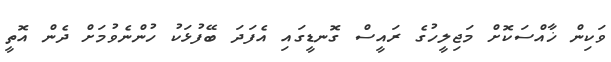
ވަކިން ޚާއްސަކޮށް މަޖިލީހުގެ ރައީސް ގޮނޑީގައި އެފަދަ ބޭފުޅަކު ހުންނެވުމަށް ދެން އޮތީ